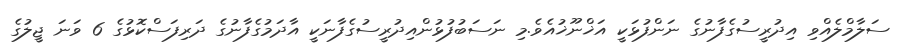
ސަލާމްލެއްވި އިދުރީސުގެފާނުގެ ނަންފުޅަކީ އަޚްނޫޚުއެވެ.މި ނަސަބުފުޅުންއިދުރީސުގެފާނަކީ އާދަމުގެފާނުގެ ދަރިފަސްކޮޅުގެ 6 ވަނަ ޖީލުގެ